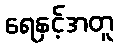
ရေနှင့်အတူ